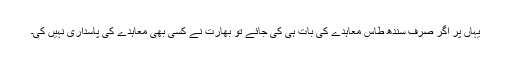
یہاں پر اگر صرف سندھ طاس معاہدے کی بات ہی کی جائے تو بھارت نے کسی بھی معاہدے کی پاسداری نہیں کی۔